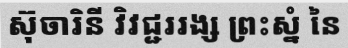
ស៊ុចារិនី វិវជ្ជររង្ស ព្រះស្នំ នៃ